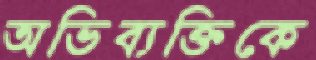
অভিব্যক্তিকে